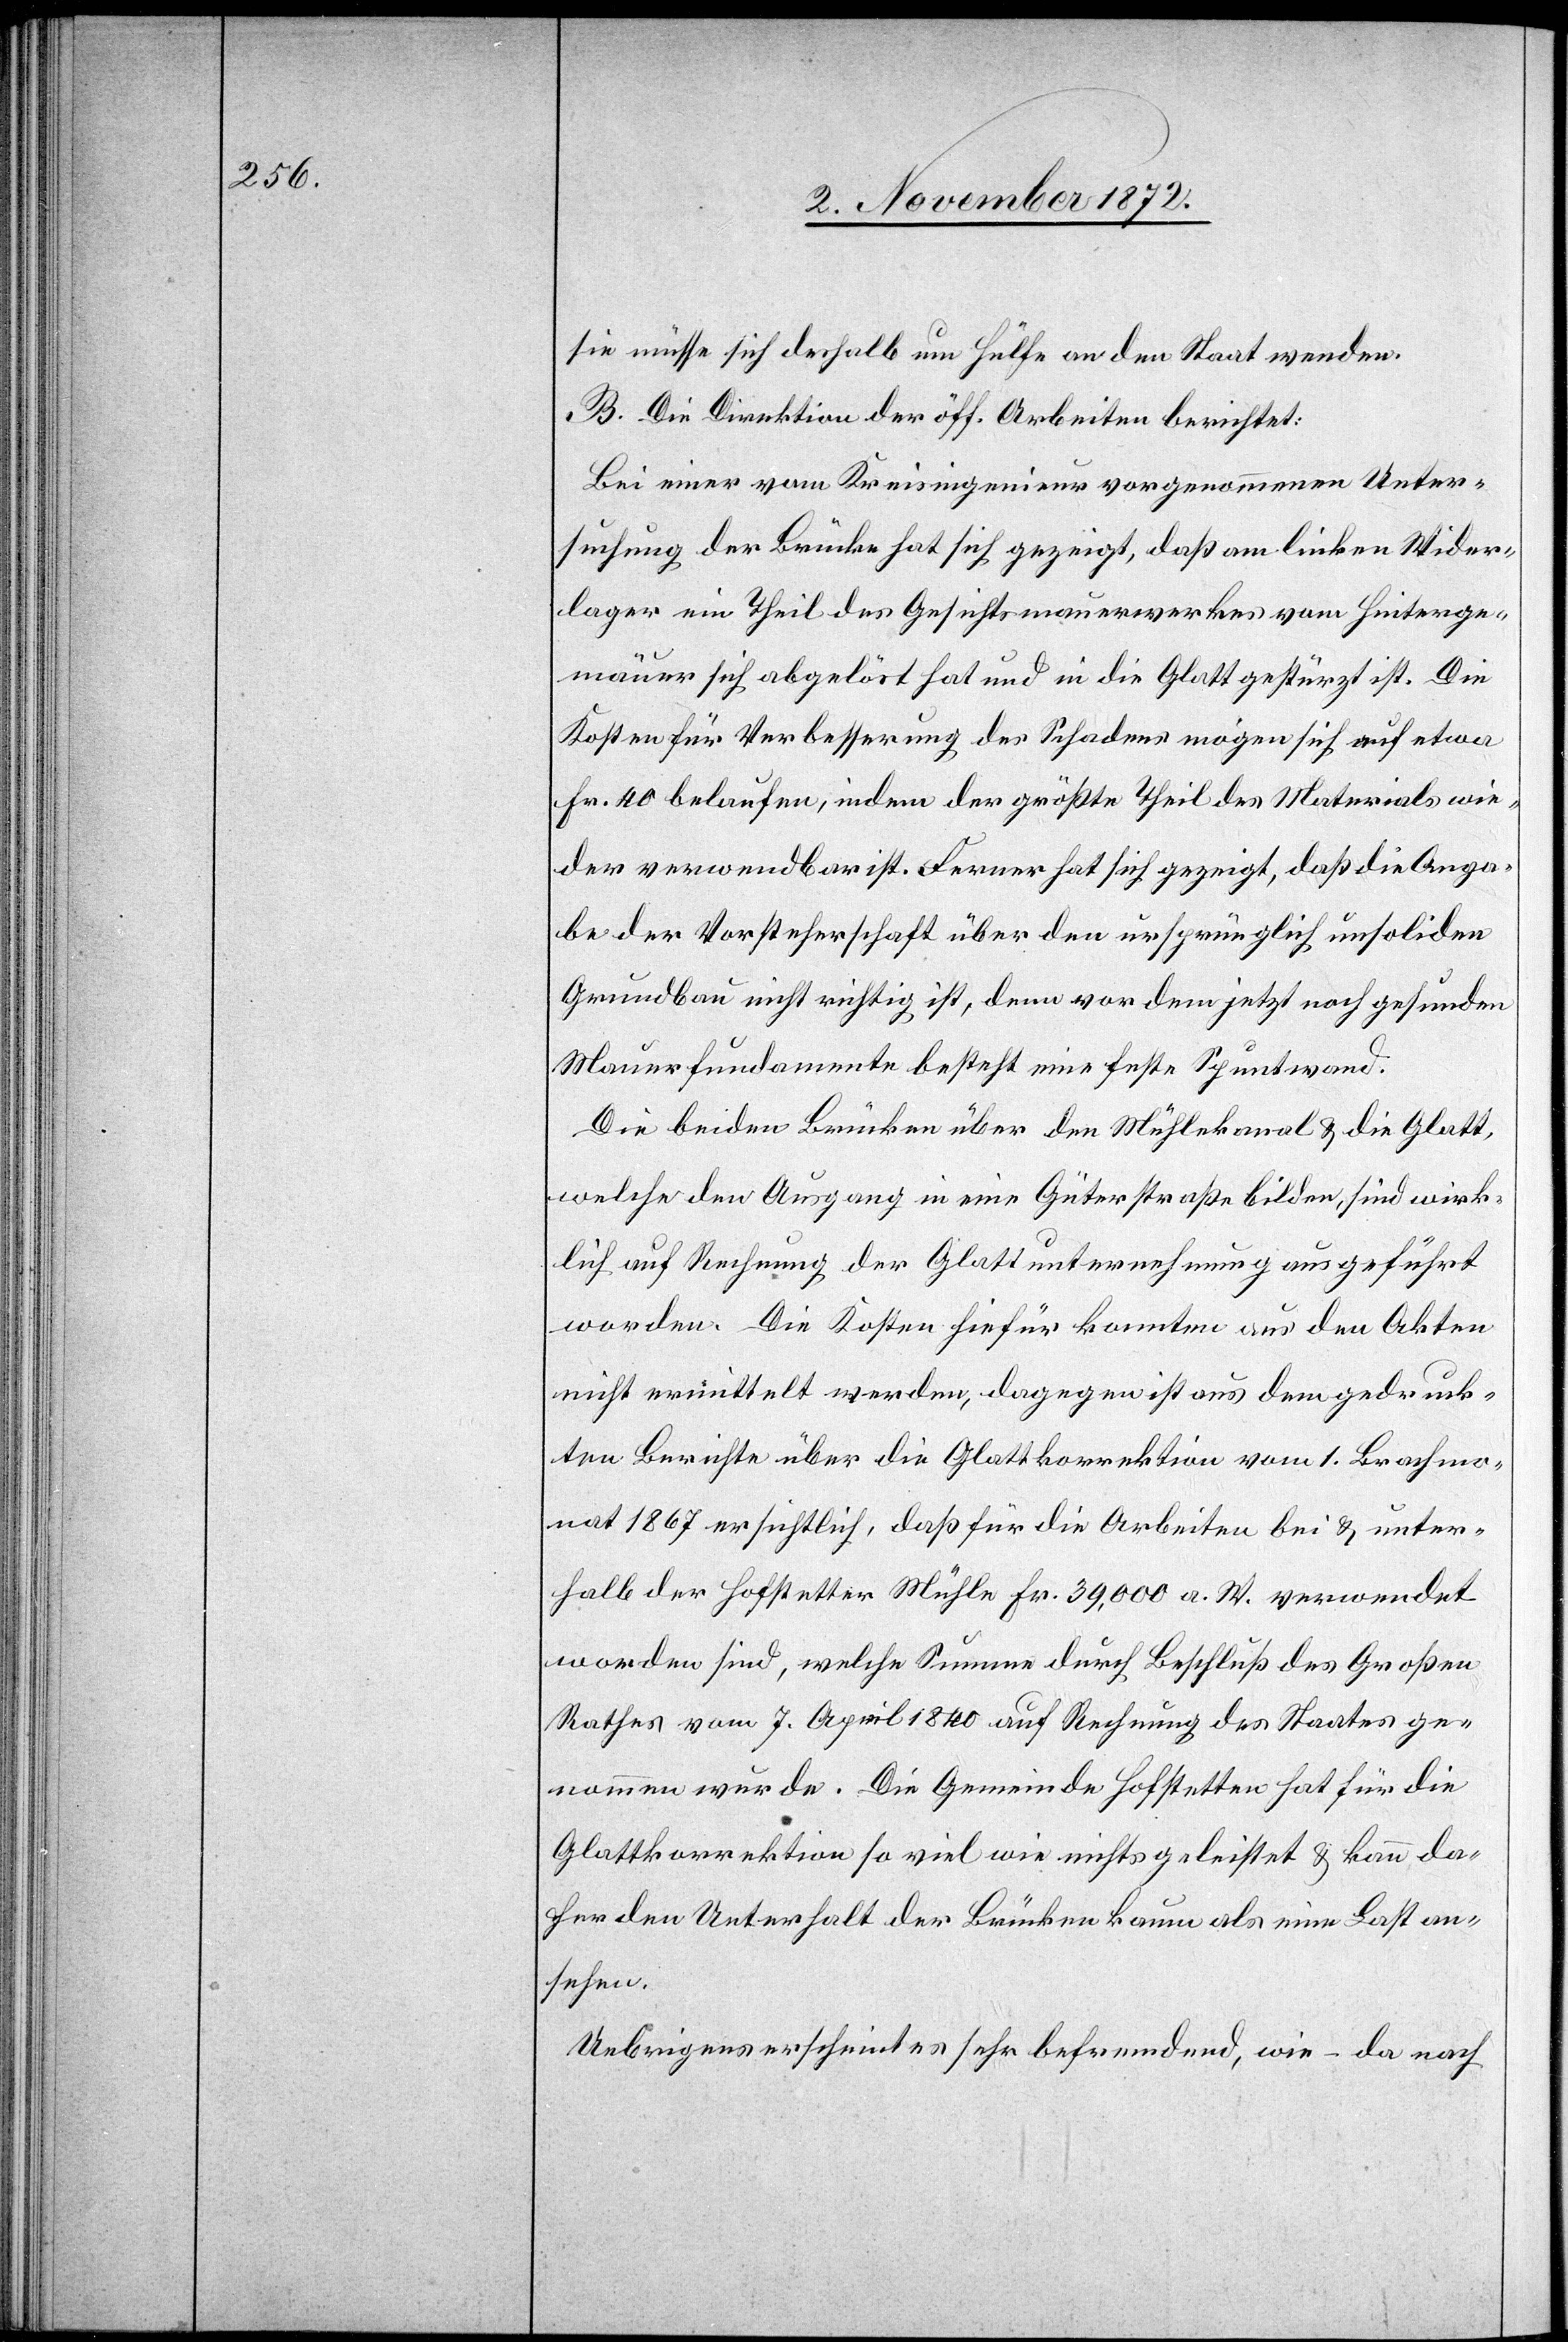
sie müsse sich deshalb um Hülfe an den Staat wenden.
B. Die Direktion der öff. Arbeiten berichtet:
Bei einer vom Kreisingenieur vorgenommenen Unter¬
suchung der Brücke hat sich gezeigt, daß am linken Wider¬
lager ein Theil des Gesichtsmauerwerkes vom Hinterge¬
mäuer sich abgelöst hat und in die Glatt gestürzt ist. Die
Kosten für Verbesserung des Schadens mögen sich auf etwa
Fr. 40 belaufen, indem der größte Theil des Materials wie¬
der verwendbar ist. Ferner hat sich gezeigt, daß die Anga¬
be der Vorsteherschaft über den ursprünglich unsoliden
Grundbau nicht richtig ist, denn vor dem jetzt noch gesunden
Mauerfundamente besteht eine feste Spuntwand.
Die beiden Brücken über den Mühlekanal u. die Glatt,
welche den Ausgang in eine Güterstraße bilden, sind wirk¬
lich auf Rechnung der Glattunternehmung ausgeführt
worden. Die Kosten hiefür konnten aus den Akten
nicht ermittelt werden, dagegen ist aus dem gedruck¬
ten Berichte über die Glattkorrektion vom 1. Brachmo¬
nat 1867 ersichtlich, daß für die Arbeiten bei u. unter¬
halb der Hofstetter Mühle Fr. 39,000 a. W. verwendet
worden sind, welche Summe durch Beschluß des Großen
Rathes vom 7. April 1840 auf Rechnung des Staates ge¬
nommen wurde. Die Gemeinde Hofstetten hat für die
Glattkorrektion so viel wie nichts geleistet u. kann da¬
her den Unterhalt der Brücken kaum als eine Last an¬
sehen.
Uebrigens erscheint es sehr befremdend, wie – da nach